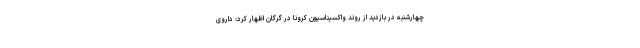
چهارشنبه در بازدید از روند واکسیناسیون کرونا در گرگان اظهار کرد: داروی